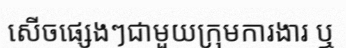
សើចផ្សេងៗជាមួយក្រុមការងារ ឬ